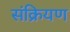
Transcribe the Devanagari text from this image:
संक्रियण